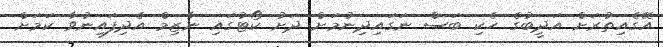
އޭގެއިތުރަށް އަދީބުގެ ހެކި ބަސް ނަގައިދިނުމަށް ދަށު ކޯޓުގައި ނާޒިމް އެދިފައިނުވާ ކަމަށް